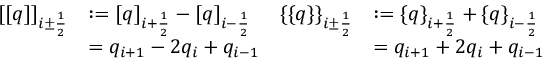
\begin{array} { r l r l } { [ [ q ] ] _ { i \pm \frac 1 2 } } & { : = [ q ] _ { i + \frac 1 2 } - [ q ] _ { i - \frac 1 2 } } & { \{ \{ q \} \} _ { i \pm \frac 1 2 } } & { : = \{ q \} _ { i + \frac 1 2 } + \{ q \} _ { i - \frac 1 2 } } \\ & { = q _ { i + 1 } - 2 q _ { i } + q _ { i - 1 } } & & { = q _ { i + 1 } + 2 q _ { i } + q _ { i - 1 } } \end{array}